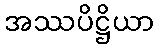
အဿပိဋ္ဌိယာ